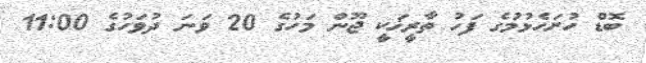
ބޮޑް ހުށަހެޅުމުގެ ފަހު ތާރީޚަކީ ޖޫން މަހުގެ 20 ވަނަ ދުވަހުގެ 11:00